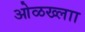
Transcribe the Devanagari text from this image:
ओळख्लाा